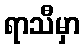
ရာသီမှာ